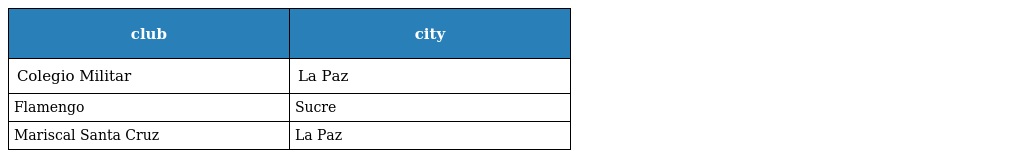
| club | city |
 | --- | --- |
 | Colegio Militar | La Paz |
 | Flamengo | Sucre |
 | Mariscal Santa Cruz | La Paz |